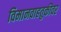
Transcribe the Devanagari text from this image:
विमानवाहतुकीवर